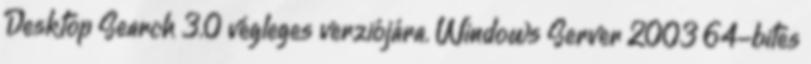
Desktop Search 3.0 végleges verziójára. Windows Server 2003 64-bites